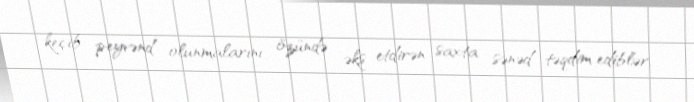
keçib peyvənd olunmalarını özündə əks etdirən saxta sənəd təqdim ediblər.